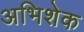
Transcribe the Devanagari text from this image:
अभिशेक